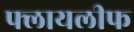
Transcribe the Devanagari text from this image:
फ्लायलीफ